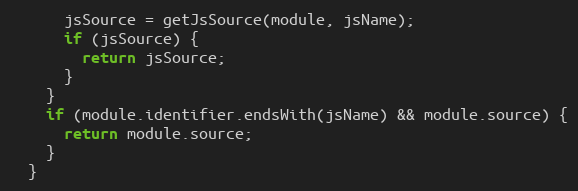
Language: JavaScript
      jsSource = getJsSource(module, jsName);
      if (jsSource) {
        return jsSource;
      }
    }
    if (module.identifier.endsWith(jsName) && module.source) {
      return module.source;
    }
  }